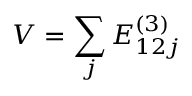
V = \sum _ { j } E _ { 1 2 j } ^ { ( 3 ) }